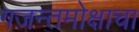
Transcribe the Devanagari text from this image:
गजन्तमोक्षाचा